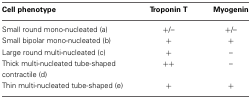
| Cell phenotype | Troponin T | Myogenin |
 | --- | --- | --- |
 | Small round mono-nucleated (a) | +/– | +/– |
 | Small bipolar mono-nucleated (b) | + | + |
 | Large round multi-nucleated (c) | + | – |
 | Thick multi-nucleated tube-shaped contractile (d) | ++ | – |
 | Thin multi-nucleated tube-shaped (e) | + | + |